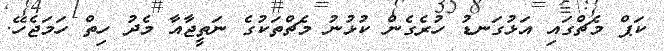
ކަޕް މެޗްގައި އަޅުގަނޑު ހުރެގެން ކުޅުނު މެޗްތަކުގެ ނަތީޖާއާ މެދު ހިތް ހަމަޖެހޭ.